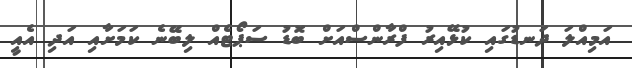
އަމިއްލަ ދަނޑުގައި ކުޅޭއިރު ފްރާންސްއަށް ބޮޑު ސަޕޯޓެއް ލިބޭނެ ކަމަށާއި އަދި އެއީ